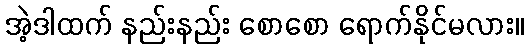
အဲ့ဒါထက် နည်းနည်း စောစော ရောက်နိုင်မလား။